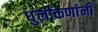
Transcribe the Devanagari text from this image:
धुलीकणांनी